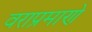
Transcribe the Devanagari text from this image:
वराप्रमाणे